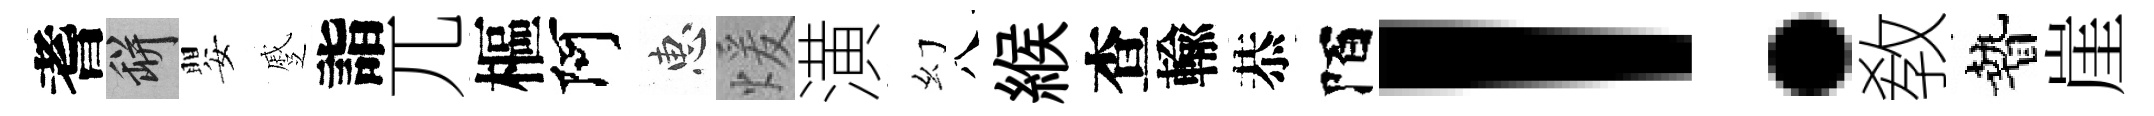
耆瓶嬰蹙詣兀樞阿惠煖潢幻八緱查輸恭陌！敎贄崖